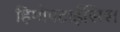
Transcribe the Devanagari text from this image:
हिमोपटाईसिस